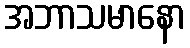
အဘာသမာနော